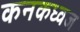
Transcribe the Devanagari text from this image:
कनकध्वज